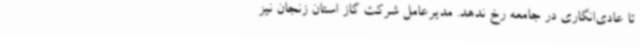
تا عادی‌انگاری در جامعه رخ ندهد. مدیرعامل شرکت گاز استان زنجان نیز